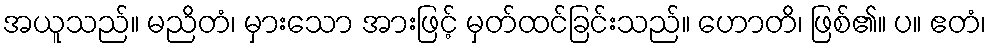
အယူသည်။ မညိတံ၊ မှားသော အားဖြင့် မှတ်ထင်ခြင်းသည်။ ဟောတိ၊ ဖြစ်၏။ ပ။ ဧတံ၊